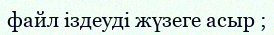
файл іздеуді жүзеге асыр ;